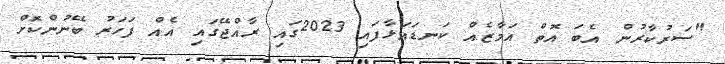
"ސަރުކާރުން އެބަ އޮތް އަމާޒެއް ކަނޑައަޅާފައި 2023ގައި ރާއްޖޭގައި އެއް ފަހަރު ބޭނުންކޮށް